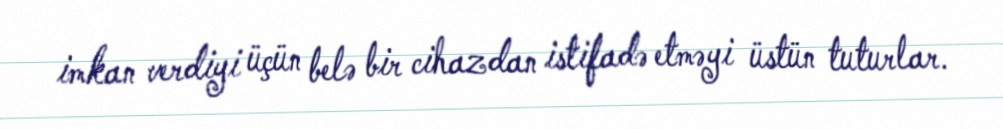
imkan verdiyi üçün belə bir cihazdan istifadə etməyi üstün tuturlar.